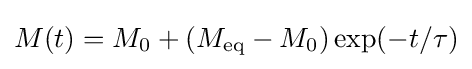
M(t)=M_{0}+\left(M_{\text{eq}}-M_{0}\right)\exp(-t/\tau )